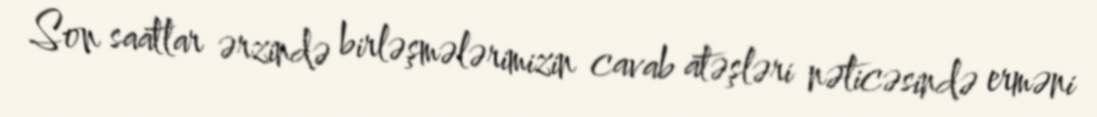
Son saatlar ərzində birləşmələrimizin cavab atəşləri nəticəsində erməni